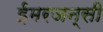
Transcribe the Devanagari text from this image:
ईमरजन्सी